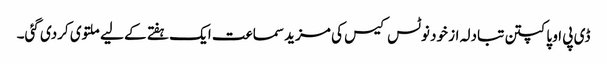
ڈی پی او پاکپتن تبادلہ از خود نوٹس کیس کی مزید سماعت ایک ہفتے کے لیے ملتوی کردی گئی۔